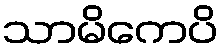
သာမိကေပိ